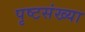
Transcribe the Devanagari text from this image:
पृष्टसंख्या